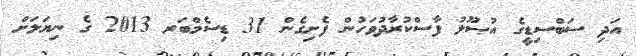
އަދި ސަބްސިޑީގެ އުޞޫލު ފާސްކުރާދުވަހުން ފެށިގެން 31 ޑިސެމްބަރ 2013 ގެ ނިޔަލަށް